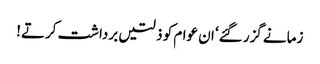
زمانے گزر گئے‘ ان عوام کو ذلتیں برداشت کرتے!